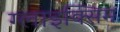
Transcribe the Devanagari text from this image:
ग्लाइक्सिम